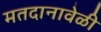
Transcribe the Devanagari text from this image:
मतदानावेळी